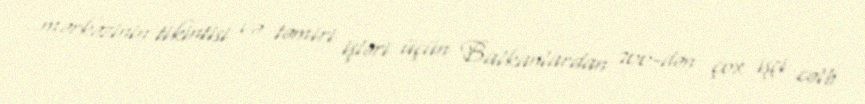
mərkəzinin tikintisi və təmiri işləri üçün Balkanlardan 700-dən çox işçi cəlb